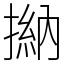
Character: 㨥